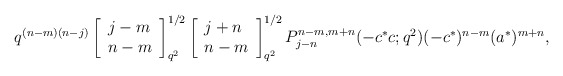
\begin{align*}q^{(n-m)(n-j)}\left[ \begin{array}{l}j-m\\n-m\end{array}\right]^{1/2}_{q^{2}}\left[ \begin{array}{l}j+n\\n-m\end{array}\right]^{1/2}_{q^{2}}P^{n-m,m+n}_{j-n}(-c^{*}c;q^2) (-c^{*})^{n-m}(a^{*})^{m+n}, \end{align*}